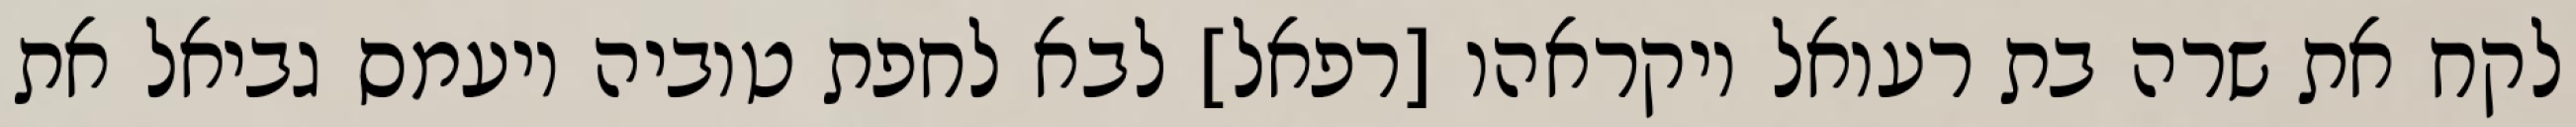
לקח את שרה בת רעואל ויקראהו [רפאל] לבא לחפת טוביה ויעמס גביאל את